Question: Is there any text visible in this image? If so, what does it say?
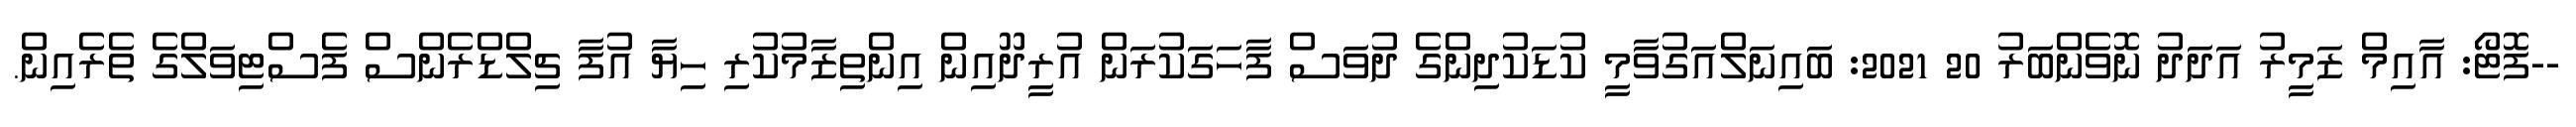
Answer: --ފޮޓޯ: އާއިމް ޒަމީރު އަދަދު ނޮވެންބަރު 20 2021: ބައިނަލްއަގުވާމީ ކުޑަކުދިންގެ ދުވަސް ފާހަގަކުރަން އުރީދޫއިން އިންތިޒާމުކުރި ހިޔާ އުފާ ޗިލްޑްރެންސް ފެސްޓިވަލްގެ ތެރެއިން.